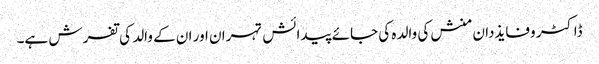
ڈاکٹر وفایذدان منش کی والدہ کی جائے پیدائش تہران اور ان کے والد کی تفرش ہے۔